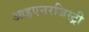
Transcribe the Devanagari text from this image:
आइएनरजिस्ट्री